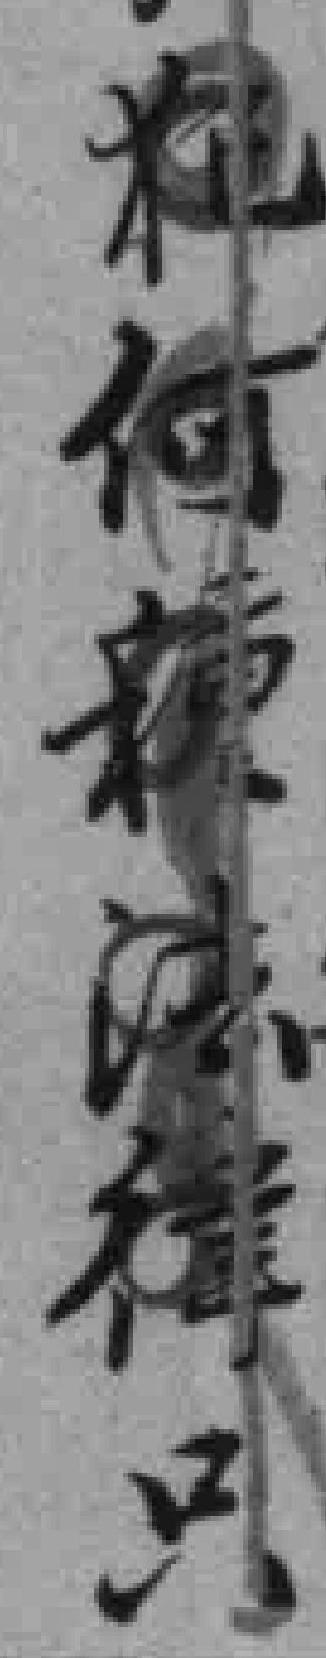
犯何類法律只